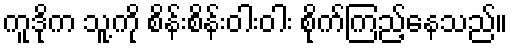
ကူဒိုက သူ့ကို စိန်းစိန်းဝါးဝါး စိုက်ကြည့်နေသည်။